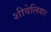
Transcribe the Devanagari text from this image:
शीवेलियर